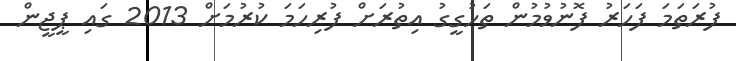
ފުރަތަމަ ފަހަރު ފޮނުވުމުން ތަހުގީގު އިތުރަށް ފުރިހަމަ ކުރުމަށް 2013 ގައި ޕީޖީން